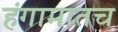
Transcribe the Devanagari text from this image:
हंगामातच